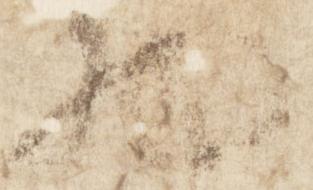
物